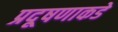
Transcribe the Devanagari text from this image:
प्रदूषणाकडे